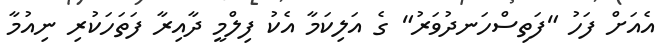
އެއަށް ފަހު "ފަތިސްހަނދުވަރު" ގެ އަލިކަމާ އެކު ފިލްމީ ދާއިރާ ފަތަހަކުރި ނިއުމާ